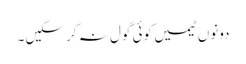
دونوں ٹیمیں کوئی گول نہ کر سکیں۔